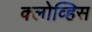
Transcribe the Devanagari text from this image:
क्लोव्हिस